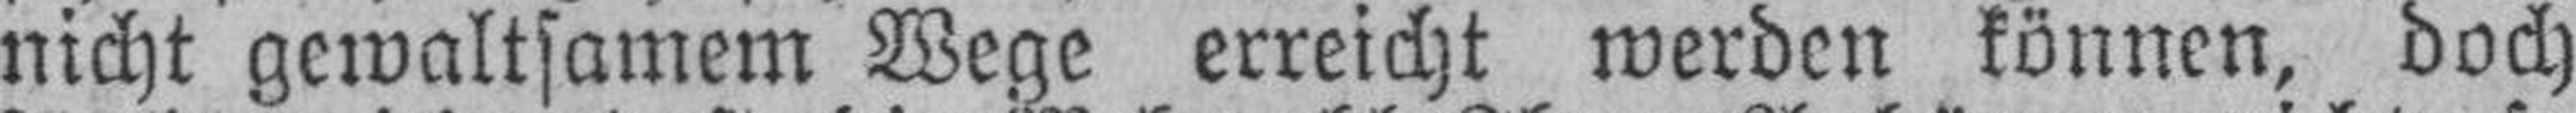
nicht gewaltsamem Wege erreicht werden können, doch